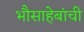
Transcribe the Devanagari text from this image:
भौसाहेबांची